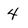
Character: 4